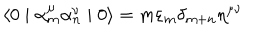
LaTeX: \langle 0 \mid { \alpha } _ { m } ^ { \mu } { \alpha } _ { n } ^ { \nu } \mid 0 \rangle = m { \varepsilon } _ { m } { \delta } _ { m + n } { \eta } ^ { \mu \nu }